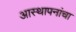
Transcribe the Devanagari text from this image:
आस्थापनांचा